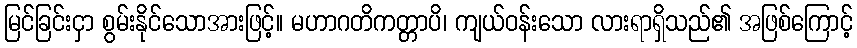
မြင်ခြင်းငှာ စွမ်းနိုင်သောအားဖြင့်။ မဟာဂတိကတ္တာပိ၊ ကျယ်ဝန်းသော လားရာရှိသည်၏ အဖြစ်ကြောင့်